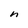
Character: n